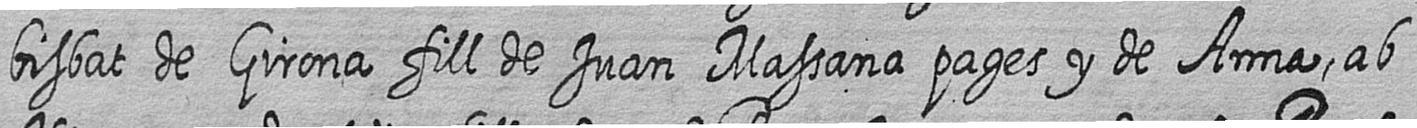
bisbat de Girona fill de Juan Massana pages y de Anna ab